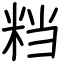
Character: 𥹥